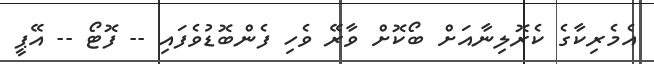
އެމެރިކާގެ ކެރޮލިނާއަށް ބޯކޮށް ވާރޭ ވެހި ފެންބޮޑުވެފައި -- ފޮޓޯ -- އޭޕީ